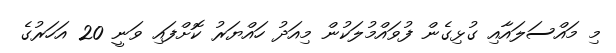
މި މައްސަލައާއި ގުޅިގެން ފުވައްމުލަކުން މިއަދު ހައްޔަރު ކޮށްފައި ވަނީ 20 އަހަރުގެ